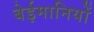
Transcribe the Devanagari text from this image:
बेईमानियों